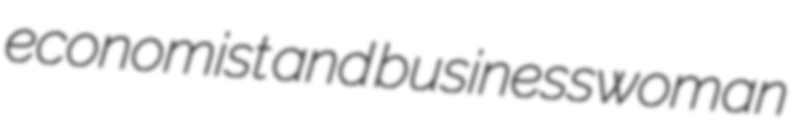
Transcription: economist and businesswoman